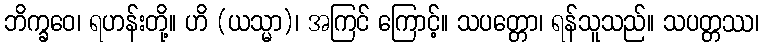
ဘိက္ခဝေ၊ ရဟန်းတို့။ ဟိ (ယသ္မာ)၊ အကြင် ကြောင့်။ သပတ္တော၊ ရန်သူသည်။ သပတ္တဿ၊